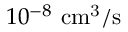
1 0 ^ { - 8 } ~ \mathrm { { c m ^ { 3 } / s } }